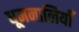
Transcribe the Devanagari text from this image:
धूमनालियाँ